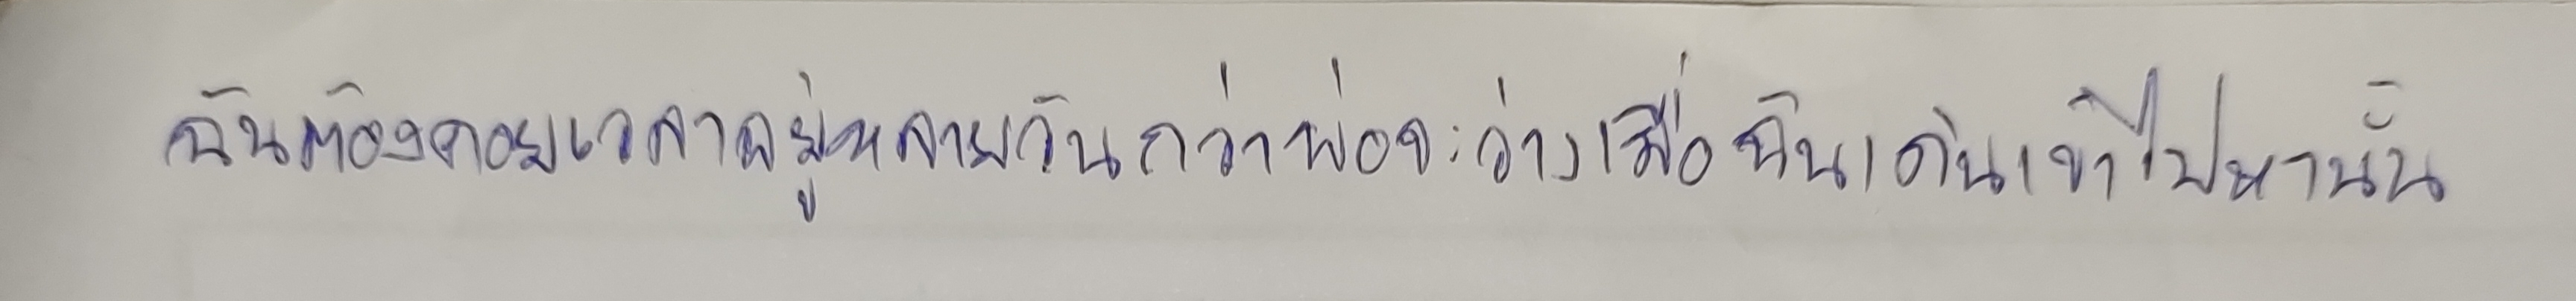
ฉันต้องคอยเวลาอยู่หลายวันกว่าพ่อจะว่างเมื่อฉันเดินเข้าไปหานั้น